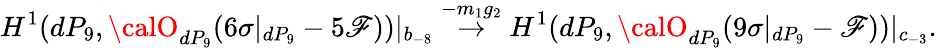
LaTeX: H^{1}(dP_{9},{\calO}_{dP_{9}}(6\sigma|_{dP_{9}}-5\mathscr{F}))|_{b_{-8}}\stackrel{-m_{1}g_{2}}{\rightarrow}H^{1}(dP_{9},{\calO}_{dP_{9}}(9\sigma|_{dP_{9}}-\mathscr{F}))|_{c_{-3}}.